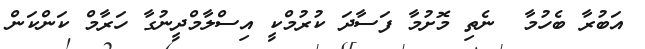
އަބުރާ ބެހުމާ  ނެތި މޮށުމާ ފަސާދަ ކުރުމްކީ އިސްލާމްދީނުގާ ހަރާމް ކަންކަން